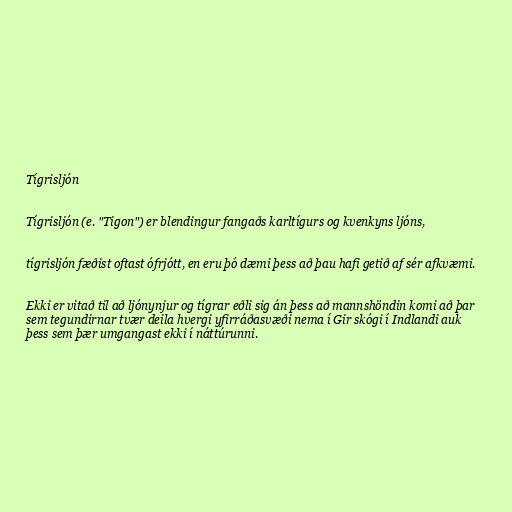
Tígrisljón

Tígrisljón (e. "Tigon") er blendingur fangaðs karltígurs og kvenkyns ljóns,

tígrisljón fæðist oftast ófrjótt, en eru þó dæmi þess að þau hafi getið af sér afkvæmi.

Ekki er vitað til að ljónynjur og tígrar eðli sig án þess að mannshöndin komi að þar
sem tegundirnar tvær deila hvergi yfirráðasvæði nema í Gir skógi í Indlandi auk
þess sem þær umgangast ekki í náttúrunni.